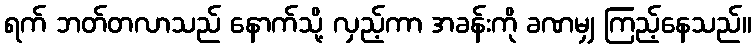
ရက် ဘတ်တလာသည် နောက်သို့ လှည့်ကာ အခန်းကို ခဏမျှ ကြည့်နေသည်။